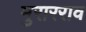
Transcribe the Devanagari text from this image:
मुरारराव